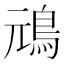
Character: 䲮